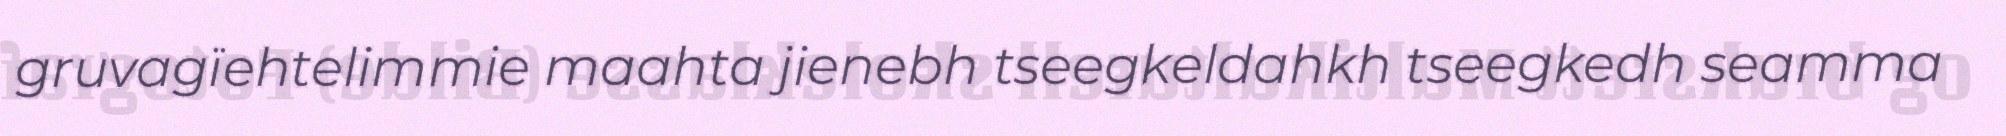
gruvagïehtelimmie maahta jienebh tseegkeldahkh tseegkedh seamma